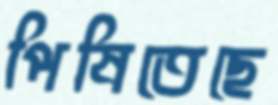
পিষিতেছে